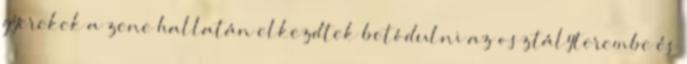
gyerekek a zene hallatán elkezdtek betódulni az osztályterembe és